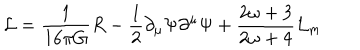
{ \cal L } = \frac { 1 } { 1 6 \pi G } R - \frac { 1 } { 2 } \partial _ { \mu } \Psi \partial ^ { \mu } \Psi + \frac { 2 \omega + 3 } { 2 \omega + 4 } { \cal L } _ { m }